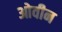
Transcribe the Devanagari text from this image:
ओवीन